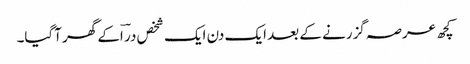
کچھ عرصہ گزرنے کے بعد ایک دن ایک شخص در ؔاکے گھر آگیا۔